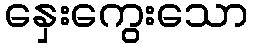
နှေးကွေးသော